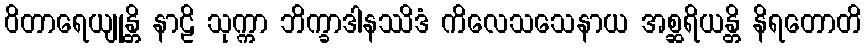
ဝိတာရေယျုန္တိ နာဠိ သုက္ကာ ဘိက္ခာဒါနဿိဒံ ကိလေသသေနာယ အစ္ဆရိယန္တိ နိရတောတိ